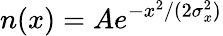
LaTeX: n(x)=Ae^{-x^{2}/(2\sigma_{x}^{2})}